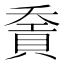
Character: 𧶓